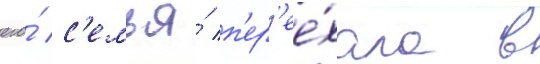
его́ с'емья́ п'ер'ее́хала в